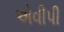
એવીપી